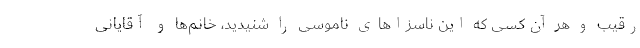
رقیب و هر آن‌کسی که این ناسزاهای ناموسی را شنیدید، خانم‌ها و آقایانی